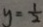
y = \frac { 1 } { 2 }